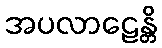
အပလာဠေန္တိ